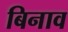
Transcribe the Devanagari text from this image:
बिनाव